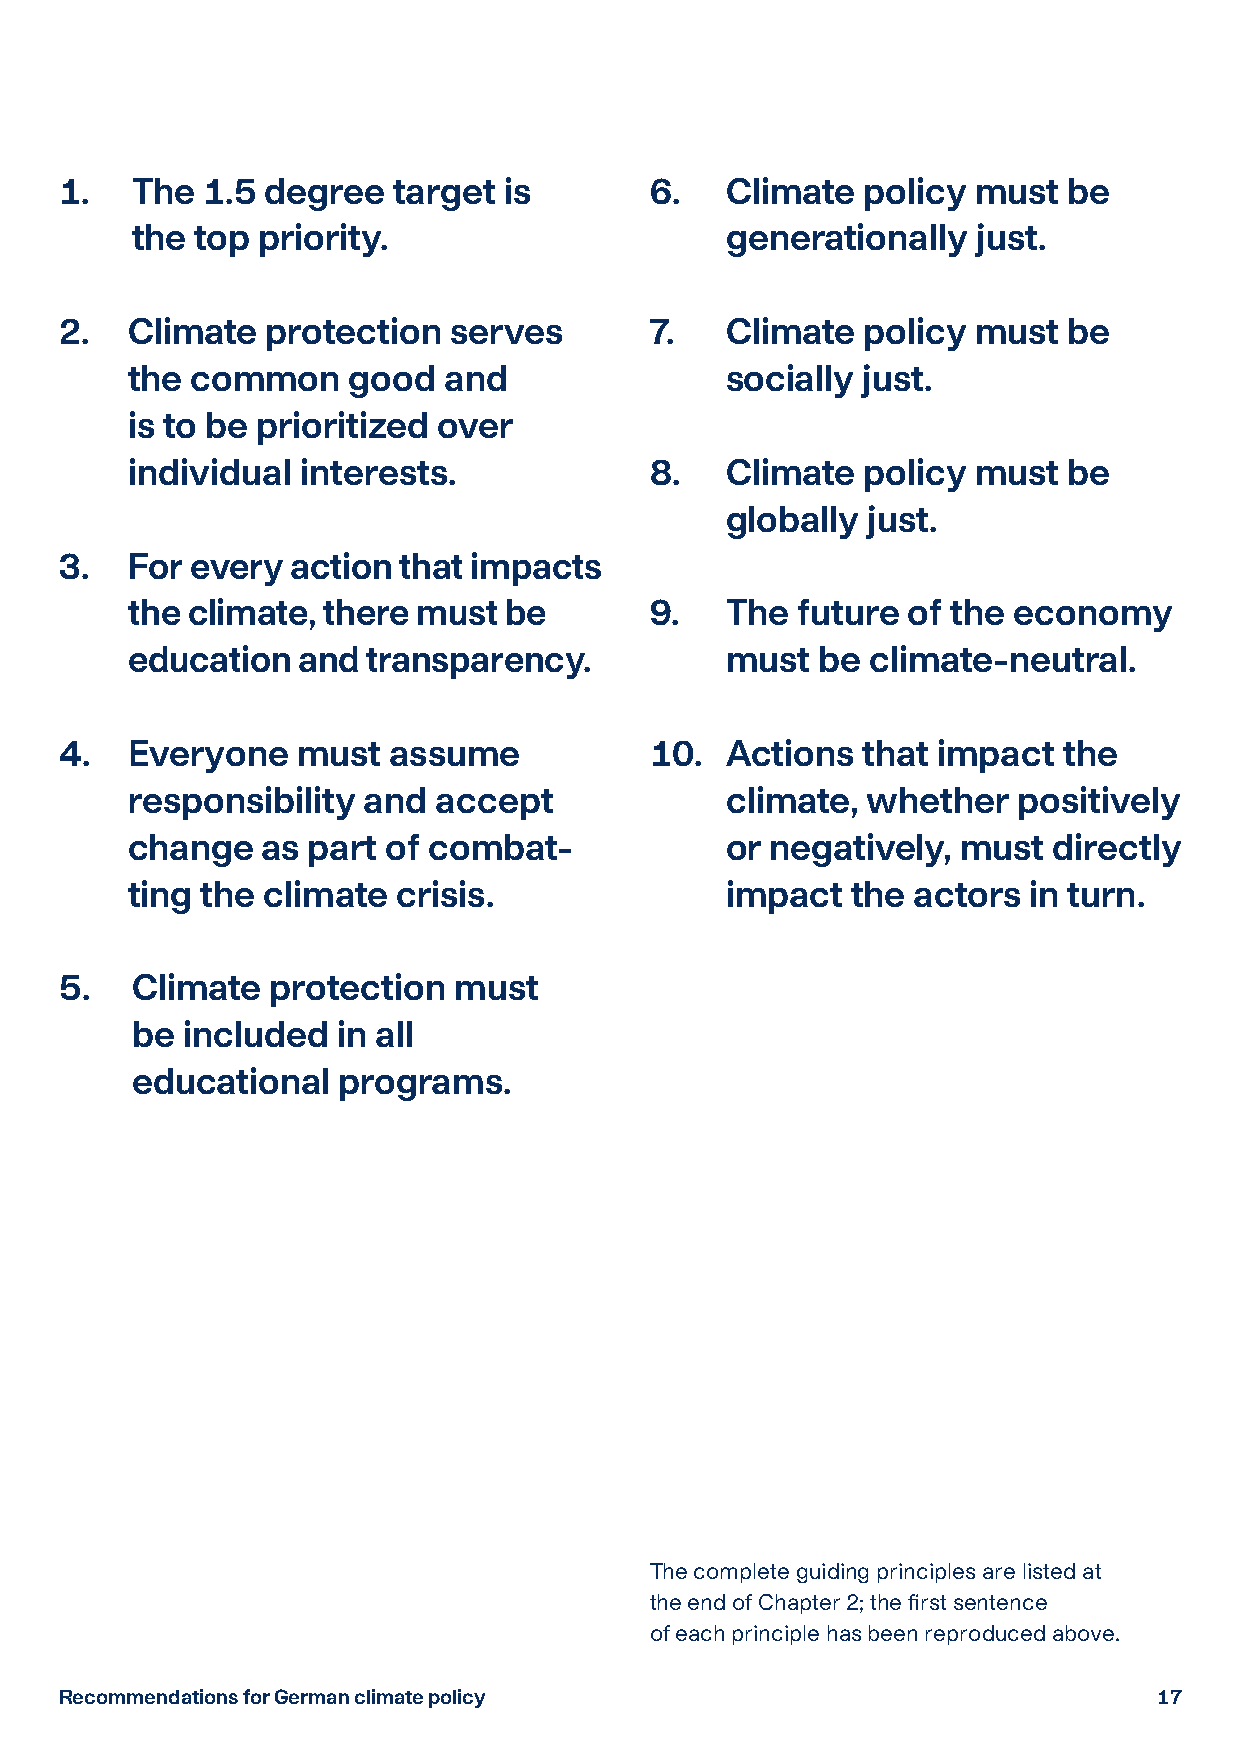
1.   The 1.5  degree  target is        6.   Climate  policy  must  be
 the top priority.                      generationally   just.
 2.  Climate   protection  serves       7.   Climate  policy  must  be
 the  common    good  and                socially just.
 is to be prioritized over
 individual  interests.             8.   Climate  policy  must  be
 globally just.
 3.  For  every action that impacts
 the climate, there  must be        9.   The  future of the economy
 education   and transparency.           must  be climate-neutral.
 4.  Everyone    must  assume           10.  Actions  that impact  the
 responsibility  and  accept             climate, whether   positively
 change   as part  of combat-            or negatively,  must  directly
 ting the climate  crisis.               impact  the actors  in turn.
 5.   Climate  protection  must
 be included  in all
 educational  programs.
 The complete guiding principles are listed at
 the end of Chapter 2; the first sentence
 of each principle has been reproduced above.
 Recommendations for German climate policy                                1177